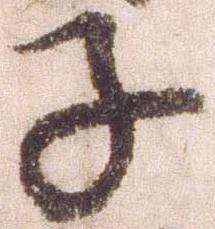
子